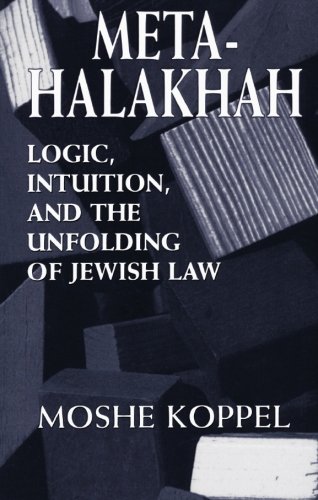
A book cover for Meta-Halakhah: Logic, Intuition, and the Unfolding of Jewish Law; Moshe Koppel; Religion & Spirituality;